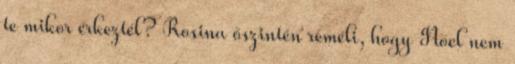
te mikor érkeztél? Rosina őszintén reméli, hogy Noel nem